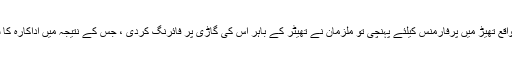
24 اگست کی رات اداکارہ منصور آباد کے علاقہ میں واقع تھیڑ میں پرفارمنس کیلئے پہنچی تو ملزمان نے تھیٹر کے باہر اس کی گاڑی پر فائرنگ کردی ، جس کے نتیجہ میں اداکارہ کا شوہر مٹھو بٹ بازو میں گولی لگنے سے زخمی ہوگیا ۔